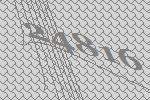
24816